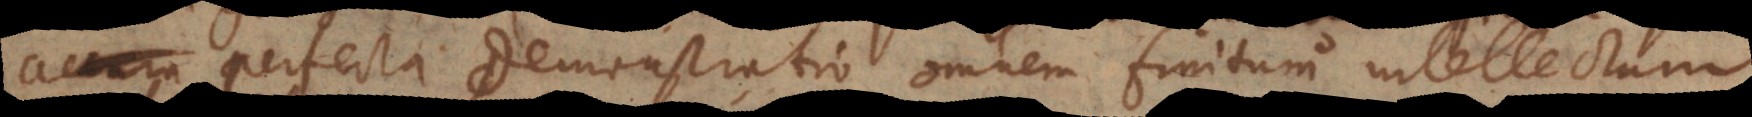
perfecta demonstratio omnem finitum intellectum